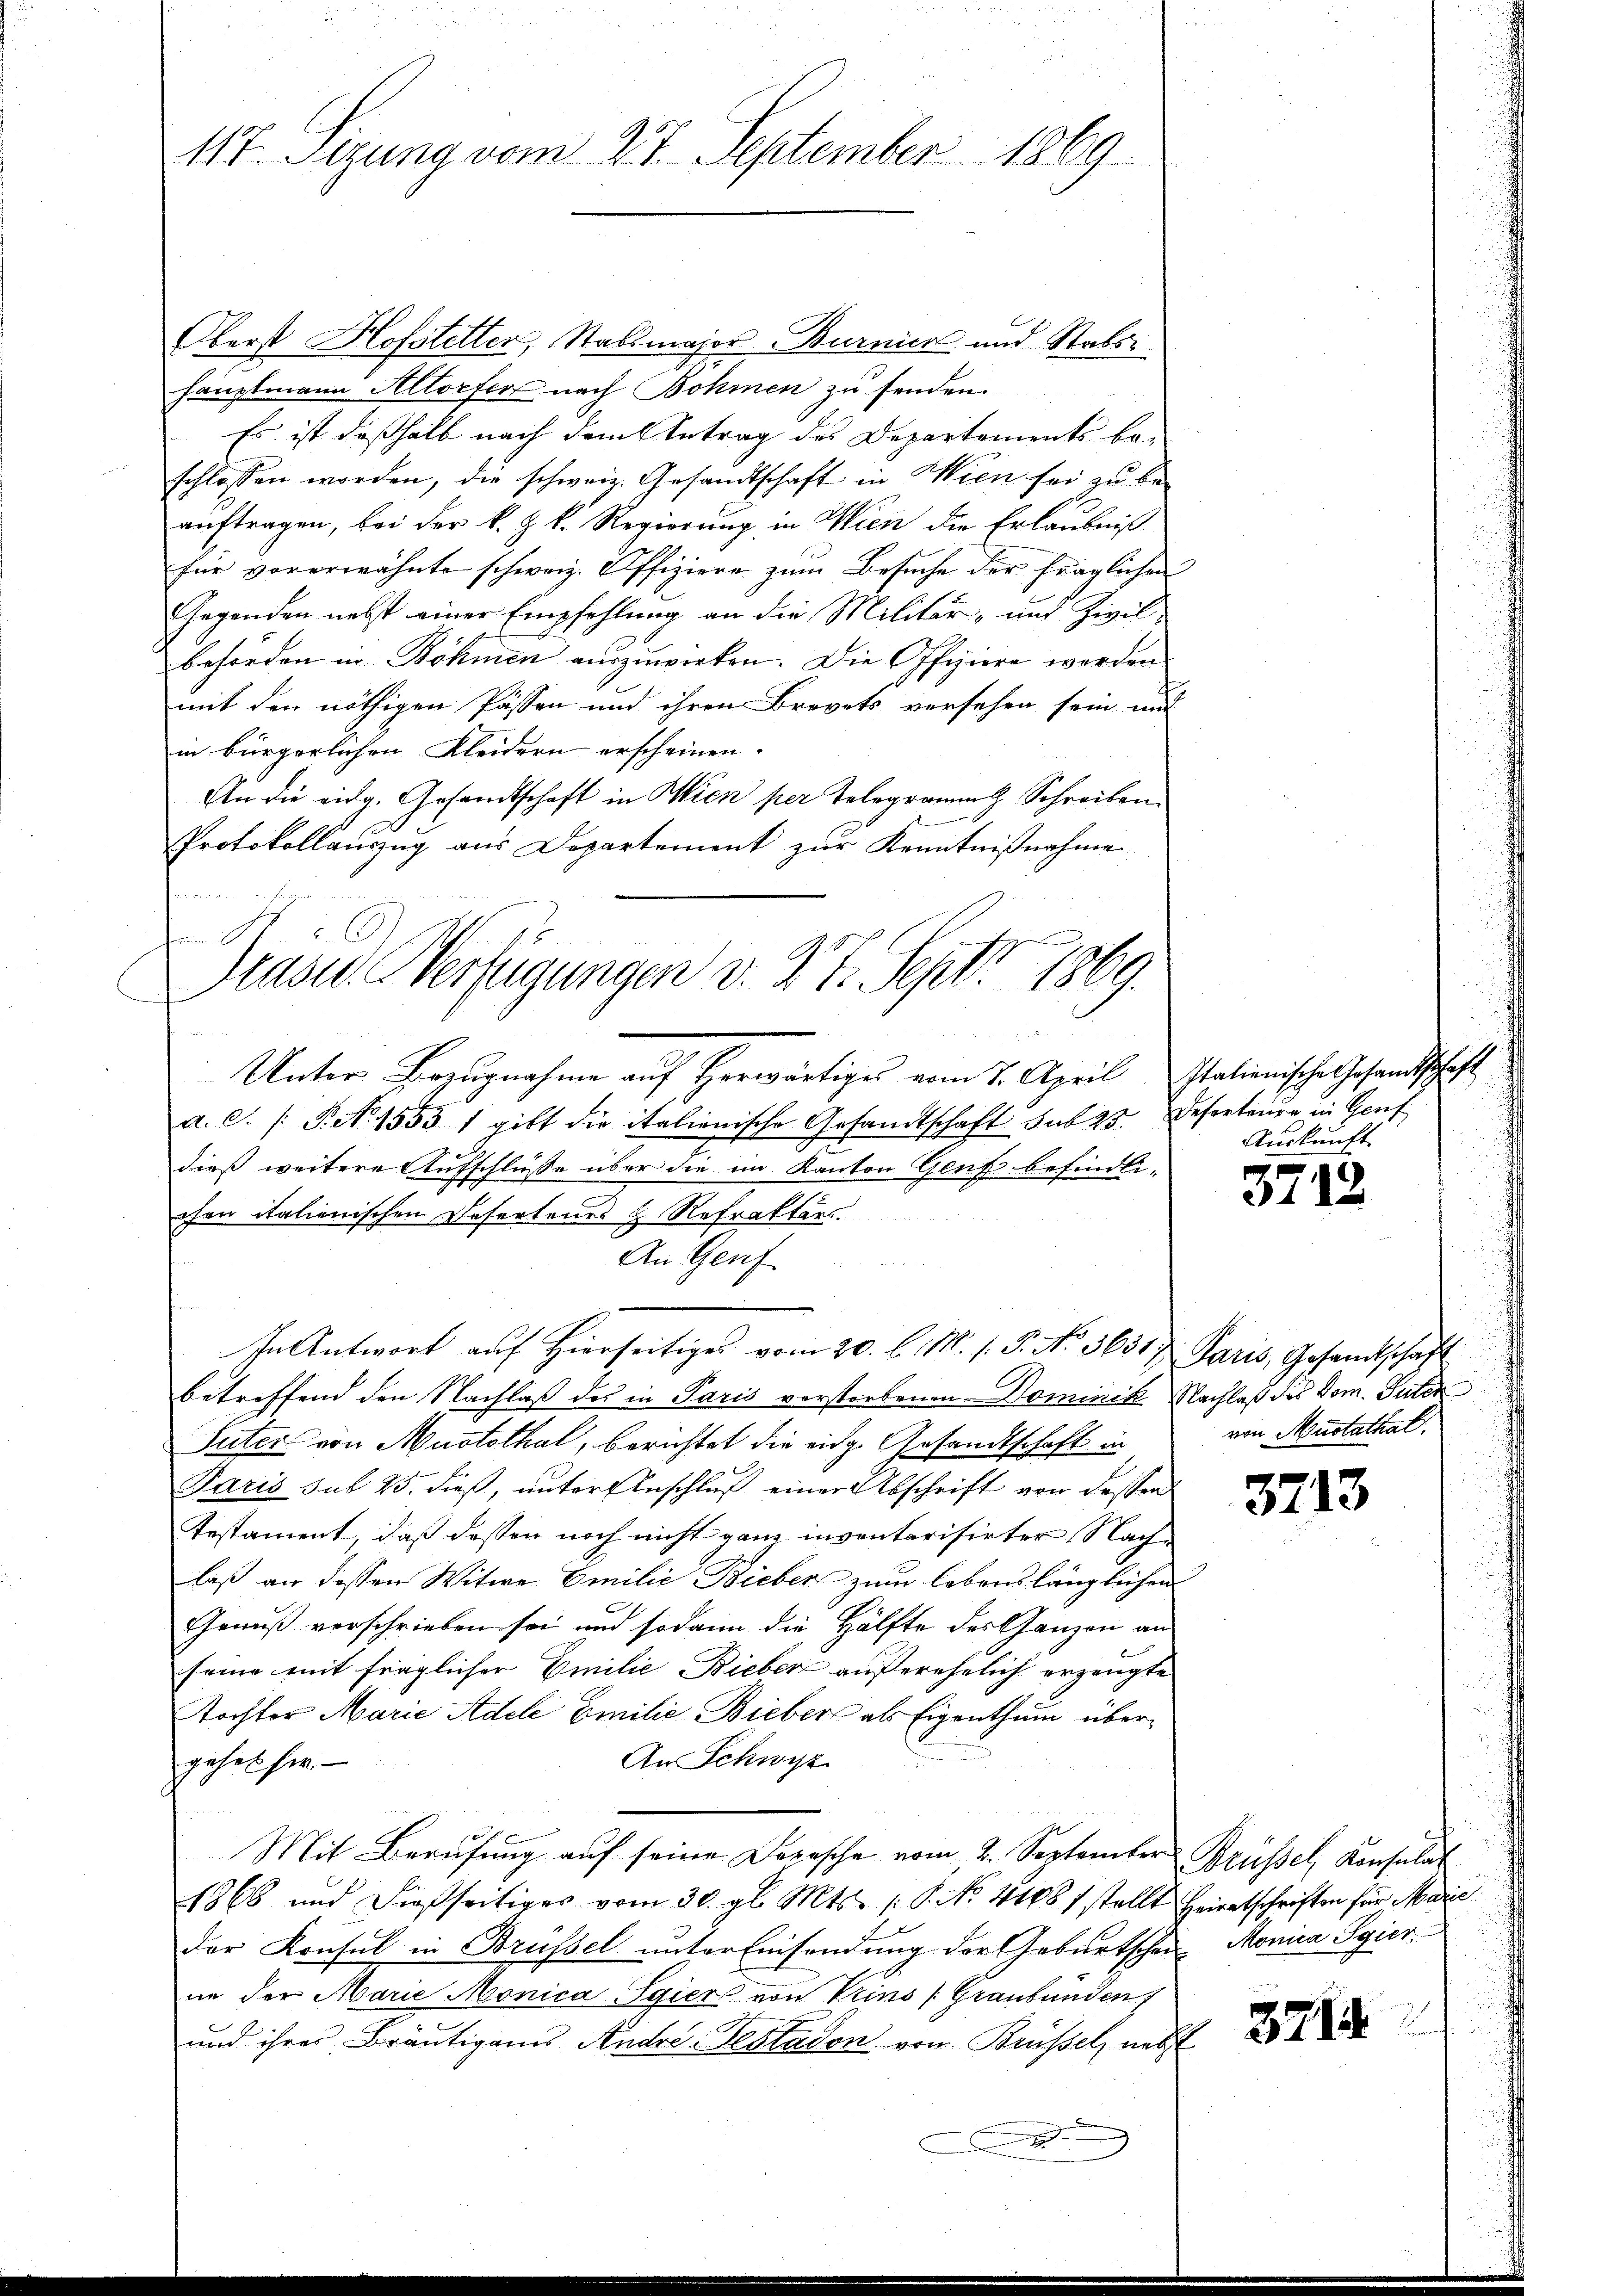
117. Sizung vom 27. September 1869

Oberst Hofstetter, Stabsmajor Burner und Stabshauptmann Altorfer nach Böhmen zu senden.
Es ist deßhalb nach dem Antrag des Departements be-
schlossen worden, die schweiz. Gesandtschaft in Wien sei zu beauftragen, bei der k. Z. k. Regierung in Wien die Erlaubniß
für vorerwähnte schweiz. Offiziere zum Besuche der fraglichen
Gegenden nebst einer Empfehlung an die Militär- und Zivilbehörden in Böhmen auszuwirken. Die Offiziere werden
mit den nöthigen Passen und ihren Brevets versehen sein mit
in bürgerlichen Kleidern erscheinen.
An die eidg. Gesandtschaft in Wien per Telegrammt Schreiben
Protokollauszug aus Departement zur Kenntnißnahme
Prädie Verfügungen d. 27. Sept. 1869.

Unter Bezugnahme auf Herwärtiges vom 7. April stationische Gesandtschaft
a. C. /: P. N. 1553 1 gibt die italienische Gesandtschaft sub 23. Desertaire in Genf
dieß weitere Aufschlüße über die im Kanton Genf befindli-
chen italienischen Refertenes H. Refrakters.
An Genf
In Antwort auf Hierseitiges vom 20. l. M. s. S. No 3631. Paris, Gesandtschaft
betreffend den Nachlaß des in Paris verstorbenen Dominik, Nachlaß des Dom. Suter
Suter von Mustothal, berichtet die eidg. Gesandtschaft in
Paris sub 25. dieß, unter Anschluß einer Abschrift von dessen
Testament, daß dessen noch nicht ganz inventarisirter Nachlaß an dessen Witwe Emilie Bieber zum lebenslänglichen
Genuß vorschrieben sei und sodann die Hälfte des Ganzen an
seine mit fraglicher Emilie Bieber außerehelich erzeugte
Tochter Marie Adele Emilie Bieber als Eigenthum über¬
An Schwyz
gehet sie.
Mit Berufung auf seine Dorische vom 2. September Brüssel, Konsulat
1868 und dießseitiges vom 30. gl. Mts. (: P. No. 41081 stellt Heiratschriften für Marie
der Konsul in Brüssel unter Einsendung der Geburtschen Monica Sgier
in der Marie Monica Sgier von Prins (Graubünden
und ihres Bräutigams Andre-Testadon von Brüssel, nebst
.

Auskunft.

3718

von Mustathal

3713

371